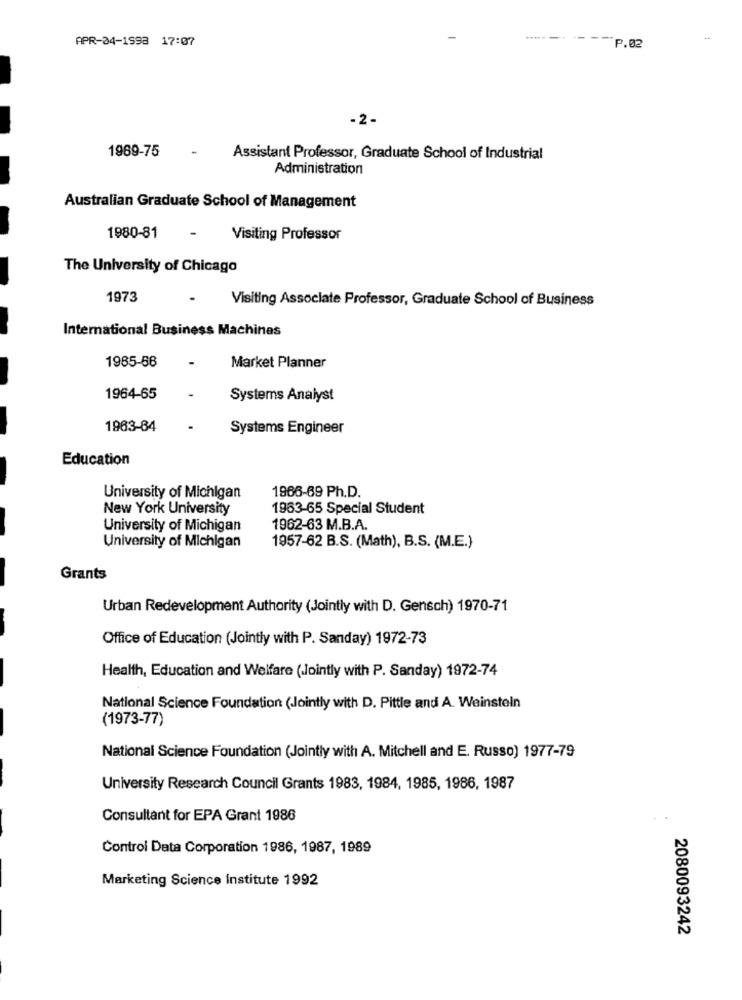
APR-04-1998 17:07
P.02
-2 -
1969-75
Assistant Professor, Graduate School of Industrial
Administration
Australian Graduate School of Management
1980-81
-
Visiting Professor
The University of Chicago
1973
Visiting Associate Professor, Graduate School of Business
International Business Machines
1985-66
-
Market Planner
1964-65
Systems Analyst
1963-84
Systems Engineer
Education
1966-69 Ph.D.
University of Michigan
New York University
1963-65 Special Student
University of Michigan
1962-63 M.B.A.
University of Michigan
1957-62 B.S. (Math), B.S. (M.E.)
Grants
Urban Redevelopment Authority (Jointly with D. Gensch) 1970-71
Office of Education (Jointly with P. Sanday) 1972-73
Health, Education and Welfare (Jointly with P. Sanday) 1972-74
National Science Foundation (Jointly with D. Pittle and A. Weinstein
(1973-77)
National Science Foundation (Jointly with A. Mitchell and E. Russo) 1977-79
University Research Council Grants 1983, 1984, 1985, 1986, 1987
Consultant for EPA Grant 1986
. .
Control Data Corporation 1986, 1987, 1989
Marketing Science Institute 1992
2080093242